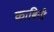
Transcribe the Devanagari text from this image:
काबिनी